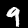
Digit: 9